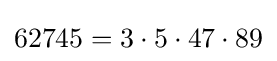
62745=3\cdot 5\cdot 47\cdot 89